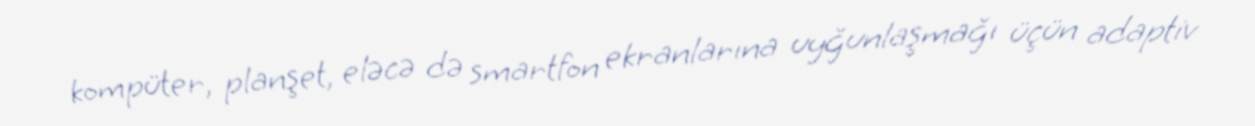
kompüter, planşet, eləcə də smartfon ekranlarına uyğunlaşmağı üçün adaptiv